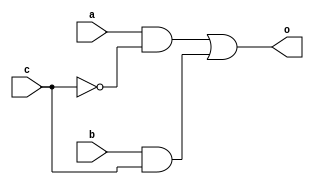
module MUX1(input a, input b, input c, output o); //1-bit MUX, c is controlsignal
    //if c=0, then o=a
    wire notc;
    not no_c(notc, c);
    wire and1, and2;
    and and_1(and1, a, notc);
    and and_2(and2, b, c);
    or my_or(o, and1, and2);
endmodule